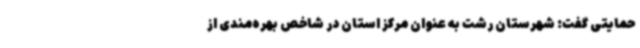
حمایتی گفت: شهرستان رشت به عنوان مرکز استان در شاخص بهره‌مندی از